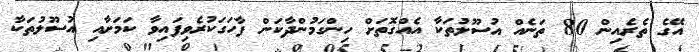
އޭގެ ތެރެއިން 80 ތަނެއް އުސޫލުތަކާ އެއްގޮތަށް ހިންގަމުންދާކަން ފާހަގަކުރެވިފައިވާ ކަމަށާއި އުސޫލުތަކާ